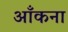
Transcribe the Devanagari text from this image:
आँकना